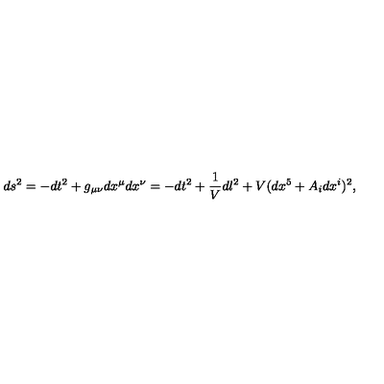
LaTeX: d s ^ { 2 } = - d t ^ { 2 } + g _ { \mu \nu } d x ^ { \mu } d x ^ { \nu } = - d t ^ { 2 } + \frac { 1 } { V } d l ^ { 2 } + V ( d x ^ { 5 } + A _ { i } d x ^ { i } ) ^ { 2 } ,